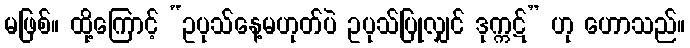
မဖြစ်။ ထို့ကြောင့် “ဥပုသ်နေ့မဟုတ်ပဲ ဥပုသ်ပြုလျှင် ဒုက္ကဋ်” ဟု ဟောသည်။